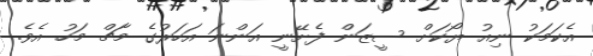
އެކަމަކު ނިއު ޔޯކަށް ސީޒަން ފެށޭނީ އަންނަ އަހަރުގެ މާޗް މަހު އެވެ.